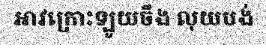
អាវក្រោះឡូយចឹង លុយបង់